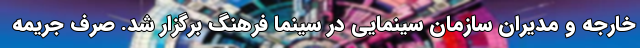
خارجه و مدیران سازمان سینمایی در سینما فرهنگ برگزار شد. صرف جریمه